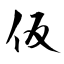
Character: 仮